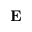
\mathbf { E }